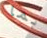
بما